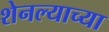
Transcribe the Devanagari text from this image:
शेनल्याच्या